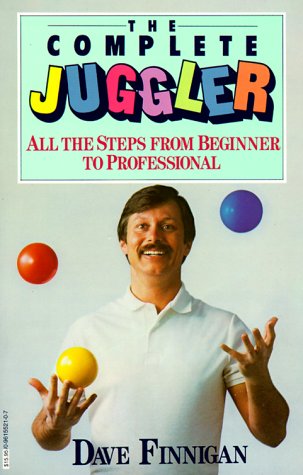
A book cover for The Complete Juggler: All the Steps from Beginner to Professional; Dave Finnigan; Sports & Outdoors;